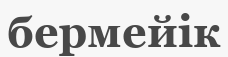
бермейік